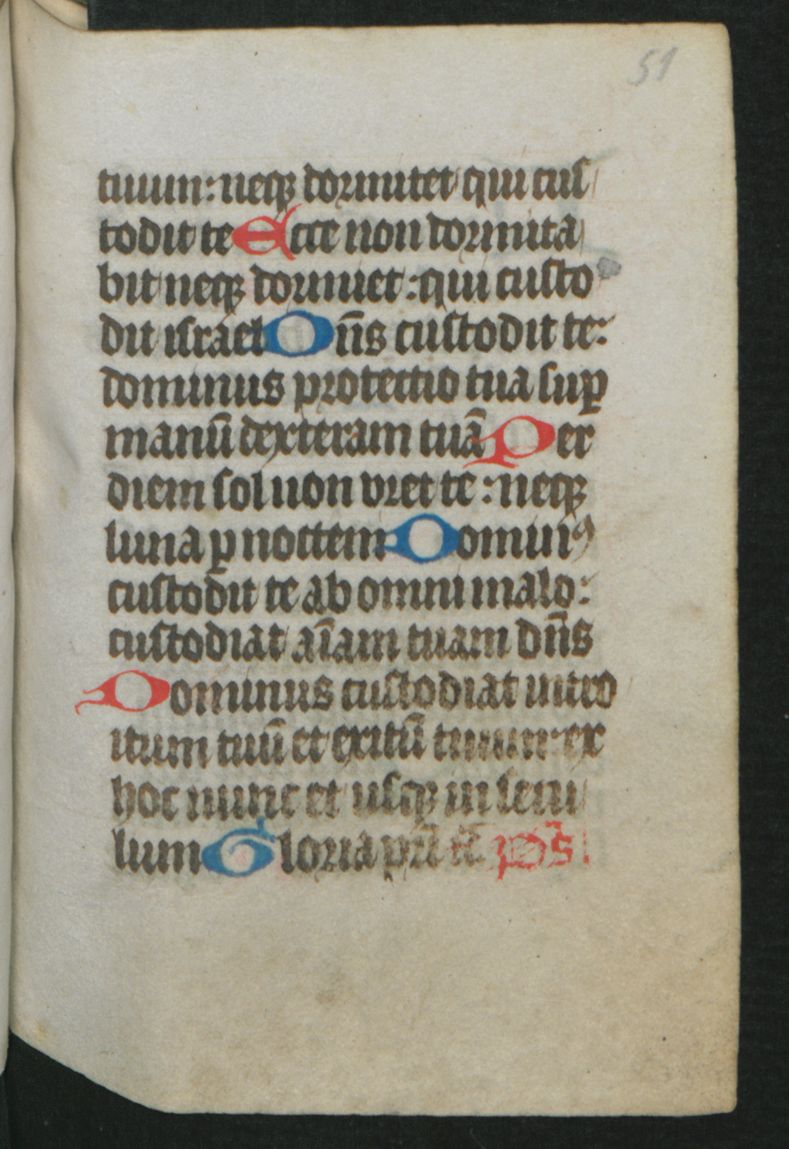
Shelfmark: Berlin, Staatsbibliothek, Hdschr. 25
Century: 15